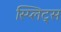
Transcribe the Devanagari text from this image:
स्प्लिट्स